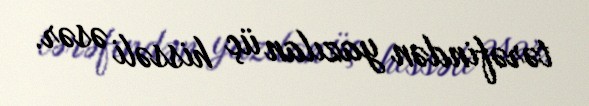
tərəfindən yazılan üç hissəli əsər.